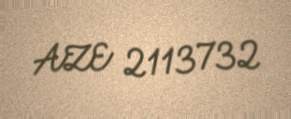
AZE 2113732